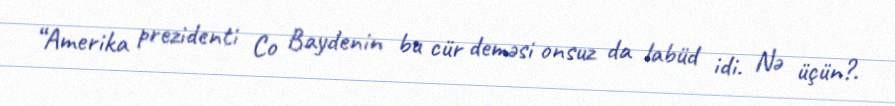
“Amerika prezidenti Co Baydenin bu cür deməsi onsuz da labüd idi. Nə üçün?.